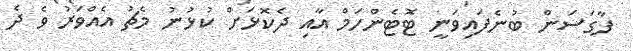
ފާގަސަން ބުނެފައިވަނީ ޓޮޓެންހަމް އާއި ދެކޮޅަށް ކުޅުނު މެޗު އެއްވަރު ވެ ދެ